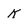
Character: K